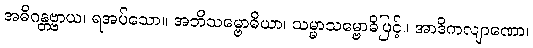
အဓိဂန္တဗ္ဗာယ၊ ရအပ်သော။ အဘိသမ္ဗောဓိယာ၊ သမ္မာသမ္ဗောဓိဖြင့်။ အာဒိကလျာဏော၊